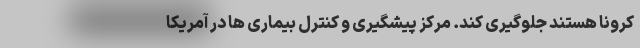
کرونا هستند جلوگیری کند. مرکز پیشگیری و کنترل بیماری ها در آمریکا